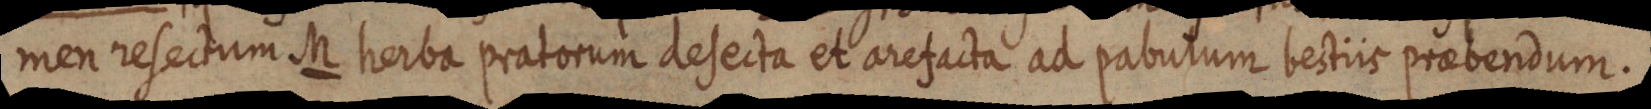
men resectum M herba pratorum desecta et arefacta at pabutum bestiis praebendum.